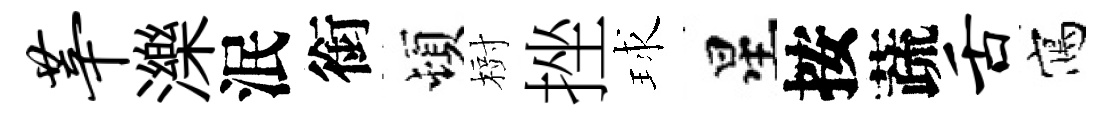
莘濼泯銜頓𣗳挫球星按蔬舌寫